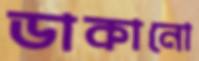
ডাকানো